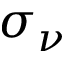
\sigma _ { \nu }